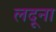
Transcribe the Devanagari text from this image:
लदूना